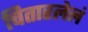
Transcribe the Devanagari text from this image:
चितारलेलं